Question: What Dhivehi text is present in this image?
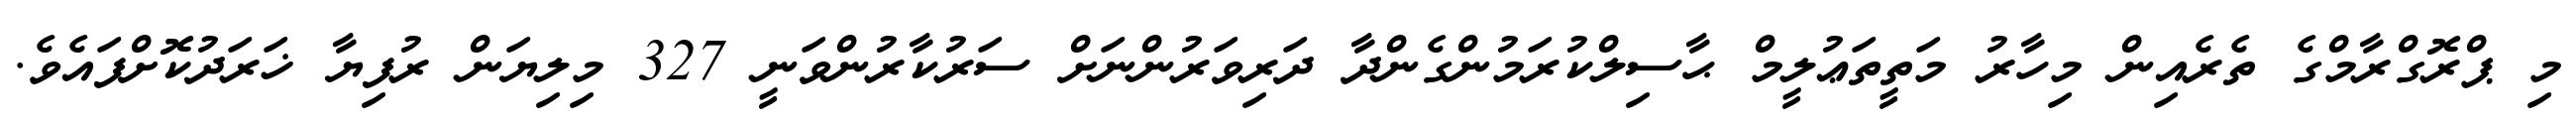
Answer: މި ޕްރޮގްރާމްގެ ތެރެއިން މިހާރު މަތީތަޢުލީމް ޙާސިލްކުރަމުންގެންދާ ދަރިވަރުންނަށް ސަރުކާރުންވަނީ 327 މިލިޔަން ރުފިޔާ ޚަރަދުކޮށްފައެވެ.